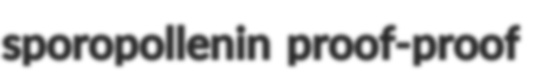
sporopollenin proof-proof